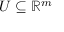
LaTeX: U \subseteq \mathbb { R } ^ { m }